NAE_ERA_R-1665_Eesti_Kunstnike_Liit, lk 10
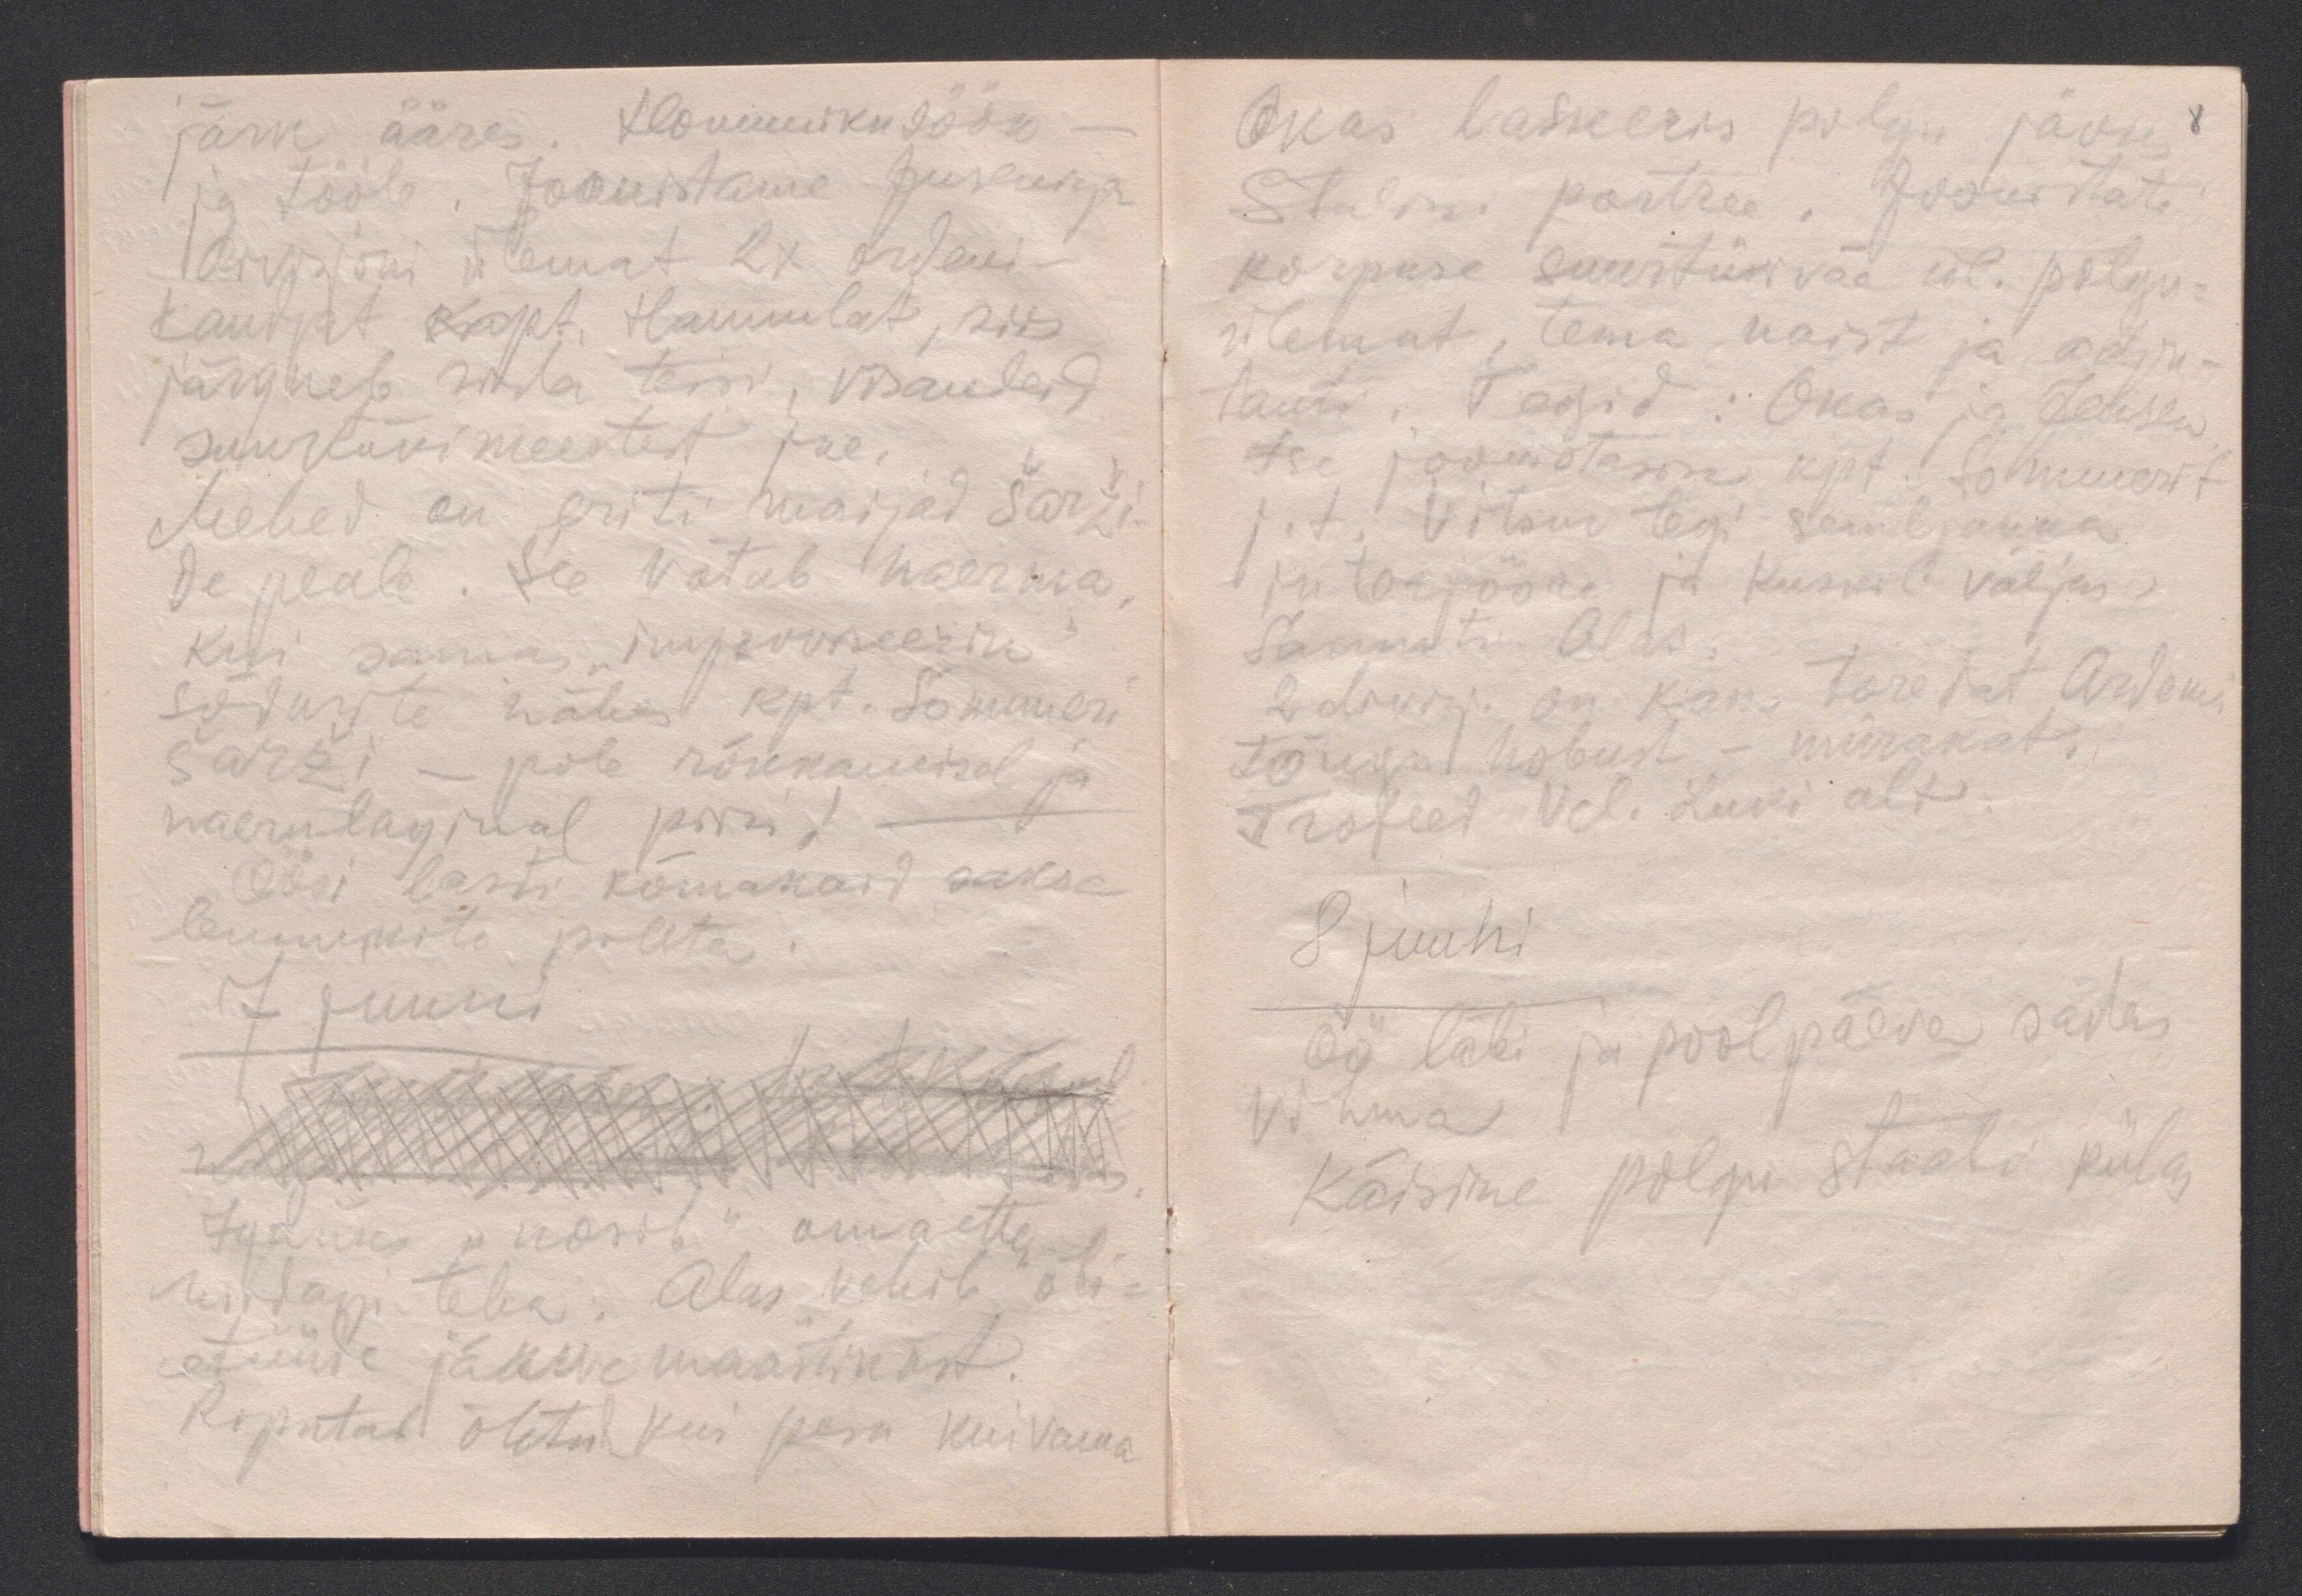
järve ääres. Hommikusöök -
ja tööle. Joonistame Jenseniga
divisjoni ülemat 2x ordeni-
kandjat kapt. Hannulat, siis
järgneb rida teisi, visandeid
suurtükimeestest jne.
Mehed on eriti maijad šarži-
de peale. See võtab naerma.
Kui samas "improviseerin"
sõdurite nähes kpt. Sommeri
šarži - pole rõkkamisel ja
naerulaginal piiri!
Öösi lasti kõmakaid saksa
lennukite pihta.
7 juuni
Igaüks "nosib" omaette
midagi teha: Alas "vehib" õli-
etüüde järve maastikust.
Riputab õhtul kui pesu kuivama

Okas lasseeris polgu jäoks
8
Stalini portree. Joonistati
korpuse suurtükiväe ül. polgu-
ülemat, tema naist ja adju-
tanti. Tegid: Okas ja Jensen.
Ise joonistasin kpt. Sommerit
j.t. Vitsur tegi semljanka
interjööre ja kuskil väljas.
Sammuti Alas.
2 divisj. on kaks toredat Ardenni
tõugu hobust - mürakat.
Trofeed Vel. Luki alt.
8 juuni
Öö läbi ja poolpäeva sadas
vihma
Käisime polgu staabi külas